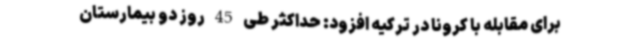
برای مقابله با کرونا در ترکیه افزود: حداکثر طی 45 روز دو بیمارستان